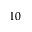
1 0